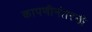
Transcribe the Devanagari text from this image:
कापणीनंतरची